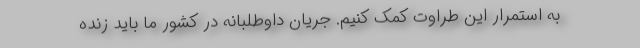
به استمرار این طراوت کمک کنیم. جریان داوطلبانه در کشور ما باید زنده